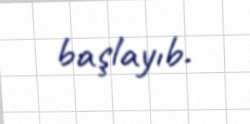
başlayıb.